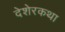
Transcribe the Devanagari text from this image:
देशेरकथा